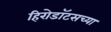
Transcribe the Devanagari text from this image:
हिरोडॉटसच्या